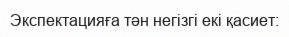
Экспектацияға тән негізгі екі қасиет: